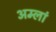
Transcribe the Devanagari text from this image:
अम्लां